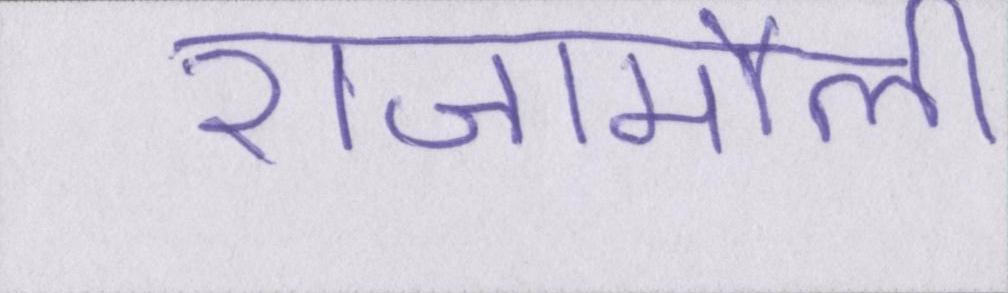
राजामौली